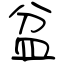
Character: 盆